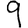
Digit: 9